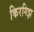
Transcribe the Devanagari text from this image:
किरगिझ